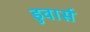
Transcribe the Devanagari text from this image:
डुवार्स